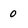
Character: 0